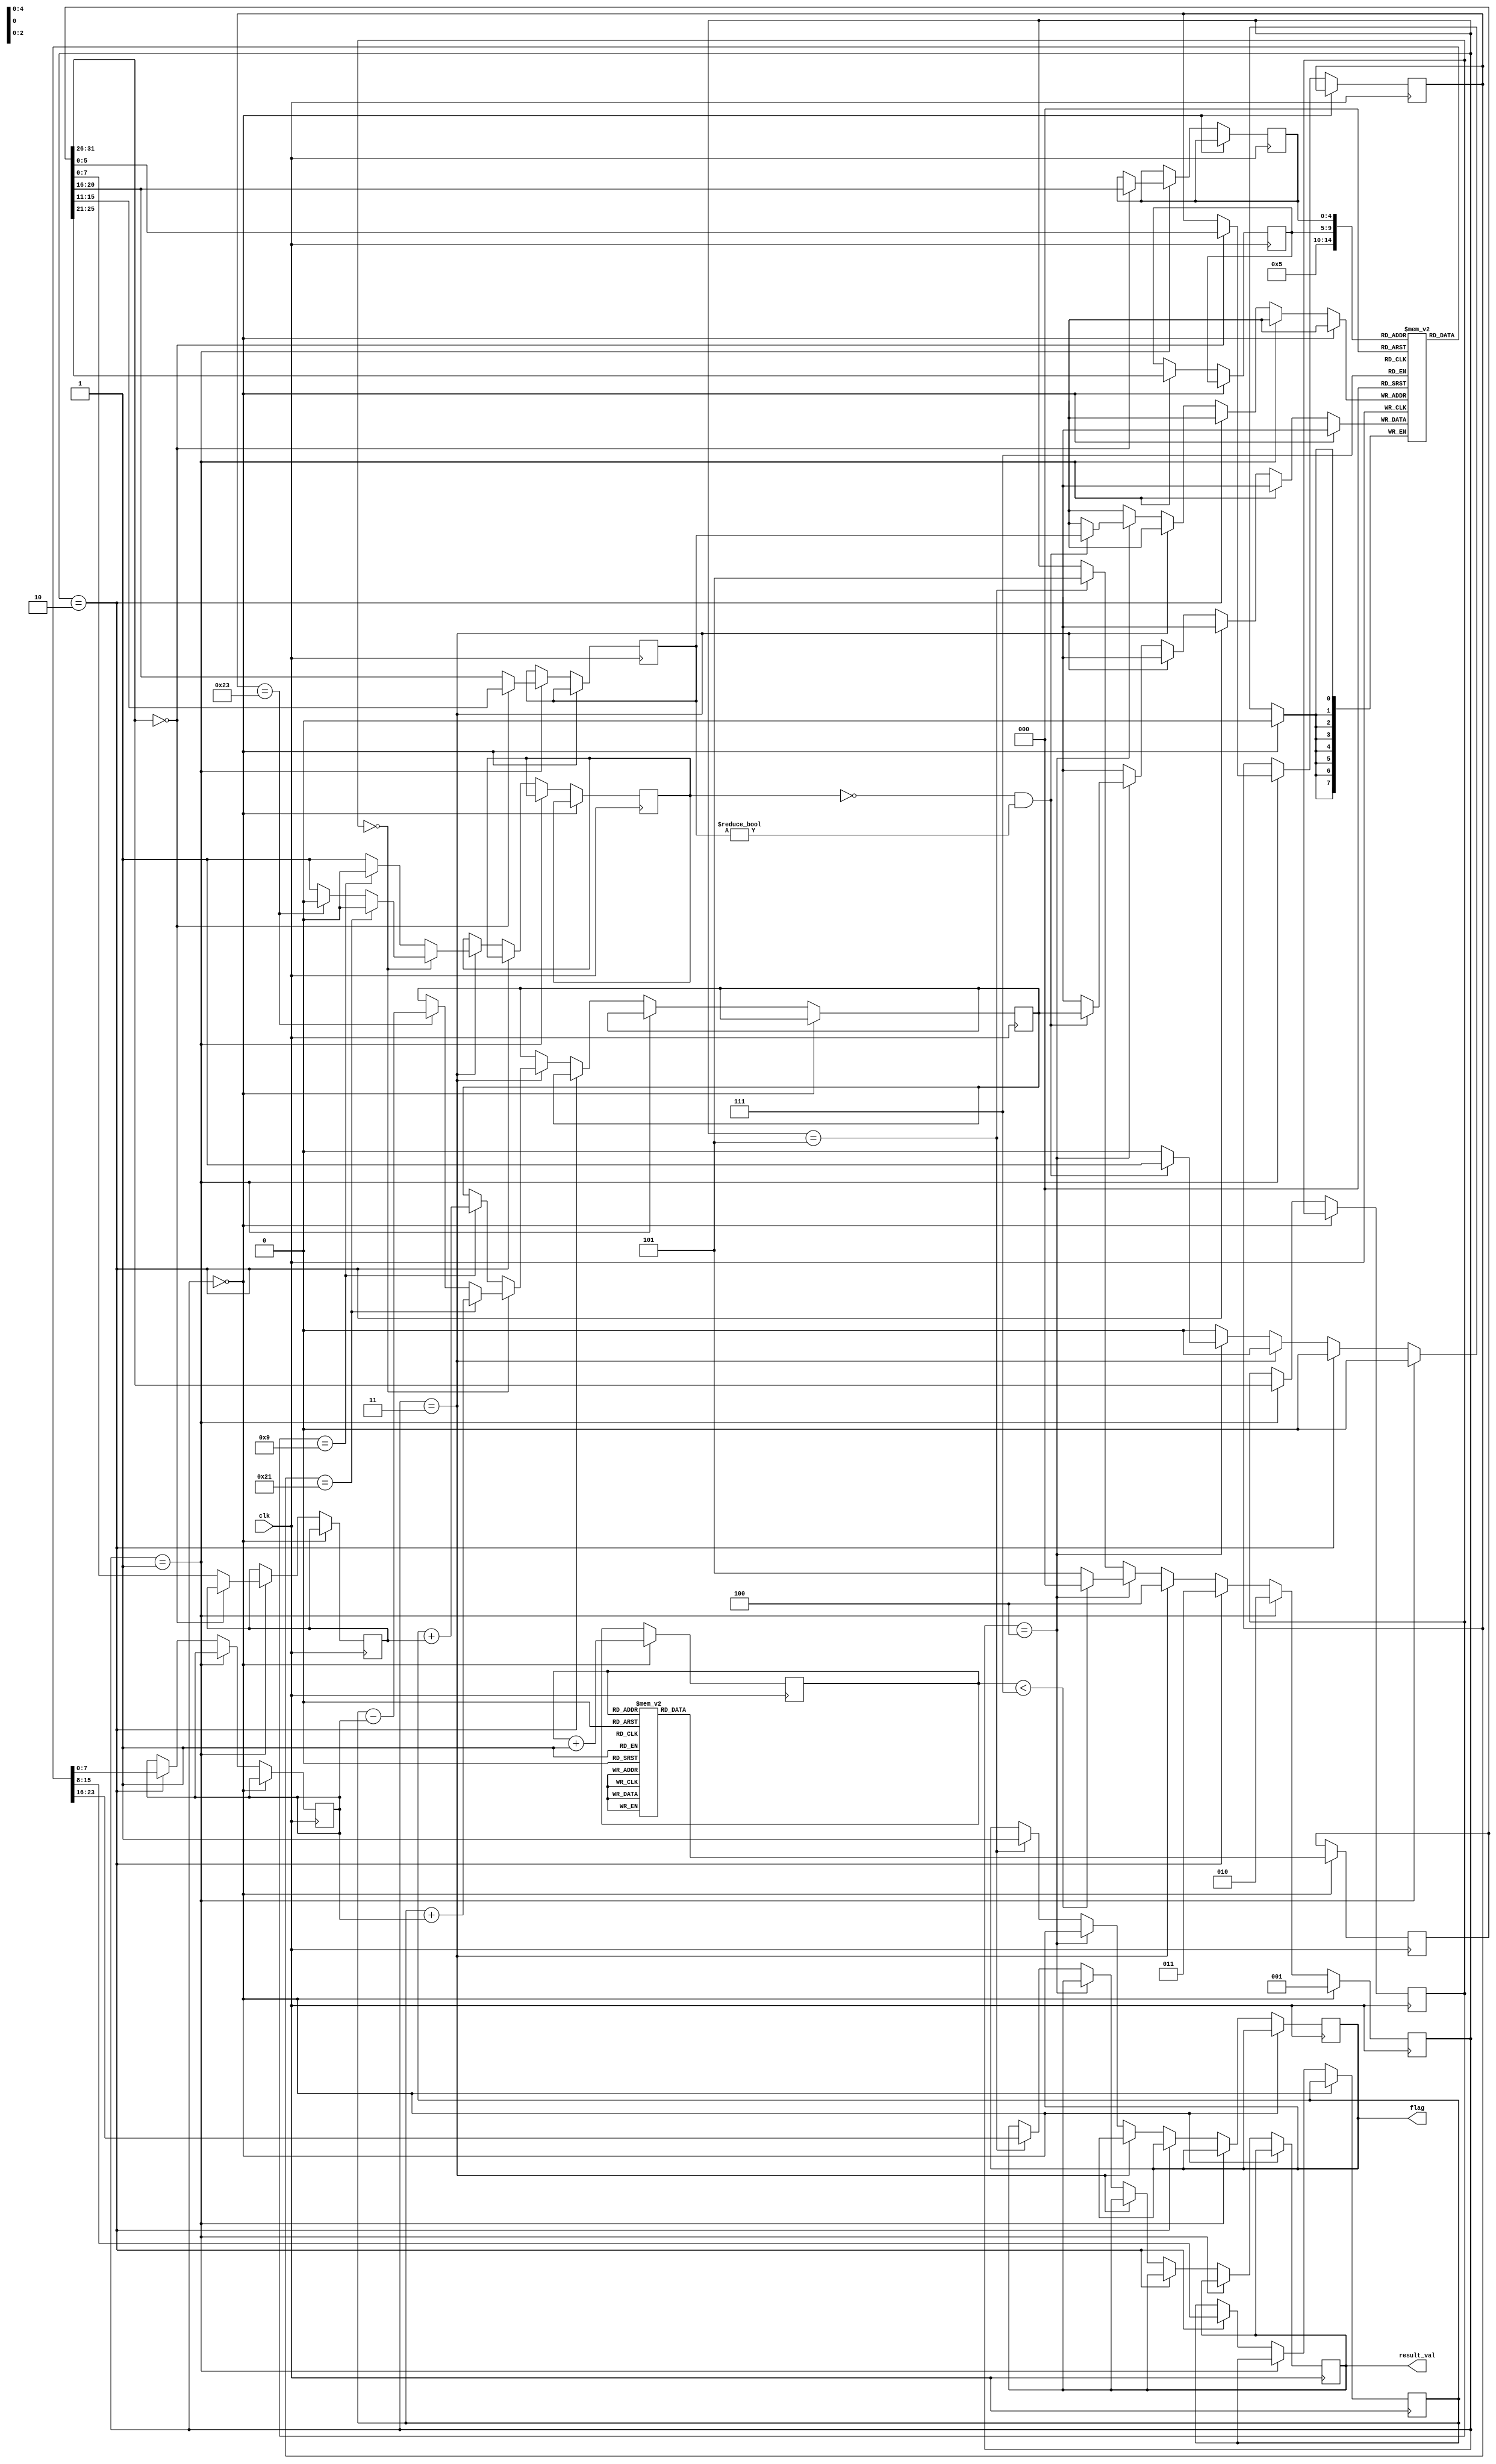
module res(clk,result_val,flag);

	input clk;
	output [7:0]result_val;
	output flag;
	reg [31:0]ins_memory[0:6];
	reg [2:0]present_state;
	reg [7:0]register[0:31];
	reg [4:0]srcreg_index1;
	reg [4:0]srcreg_index2;
	reg [4:0]destreg_index;
	reg [7:0]src_reg1;
	reg [7:0]src_reg2;
	reg [2:0]program_counter;
	reg [2:0]MAX_ProgramCounter;
	reg [31:0]ins_read;
	reg [7:0]immediate;
	reg [5:0]opcode;
	reg [5:0]ins_function;
	reg [7:0]result;
	reg [7:0]result_val;
	reg INVALID;
	reg flag=0;

	initial begin
		INVALID<=0;
		register[0]=0;
		register[1]=0;
		register[2]=0;
		register[3]=0;
		register[4]=0;
		register[5]=0;
		register[6]=0;
		register[7]=0;
		register[8]=0;
		register[9]=0;
		register[10]=0;
		register[11]=0;
		register[12]=0;
		register[13]=0;
		register[14]=0;
		register[15]=0;
		register[16]=0;
		register[17]=0;
		register[18]=0;
		register[19]=0;
		register[20]=0;
		register[21]=0;
		register[22]=0;
		register[23]=0;
		register[24]=0;
		register[25]=0;
		register[26]=0;
		register[27]=0;
		register[28]=0;
		register[29]=0;
		register[30]=0;
		register[31]=0;
		
		ins_memory[0]=32'b00100100000000010000000000101101;     
		ins_memory[1]=32'b00100100000000101111111111101100;
		ins_memory[2]=32'b00100100000000111111111111000100;
		ins_memory[3]=32'b00100100000001000000000000011110;
		ins_memory[4]=32'b00000000001000100010100000100001;     
		ins_memory[5]=32'b00000000011001000011000000100001;
		ins_memory[6]=32'b00000000101001100010100000100011;

		MAX_ProgramCounter=3'b111;
		present_state=3'b000;
		program_counter=3'b000;
	end
	always @(posedge clk) begin
		if(present_state==3'b000)begin
			ins_read <= ins_memory[program_counter];
			program_counter <= program_counter+1;
			present_state <= 3'b001;
		end
		else if(present_state==3'b001)begin
			if(ins_read[31:26]==6'b000000)begin
				opcode[5:0]=ins_read[31:26];
				srcreg_index1<=ins_read[25:21];
				srcreg_index2<=ins_read[20:16];
				destreg_index<=ins_read[15:11];
				ins_function<=ins_read[5:0];
			end
			else begin
				opcode[5:0]=ins_read[31:26];
				srcreg_index1<=ins_read[25:21];
				destreg_index<=ins_read[20:16];
				immediate<=ins_read[7:0];
			end
			present_state <= 3'b010;
		end
		else if(present_state==3'b010)begin
			src_reg1 <= register[srcreg_index1];
			src_reg2 <= register[srcreg_index2];
			present_state <= 3'b011;
		end
		else if(present_state==3'b011)begin
			if(opcode[5:0]==6'b000000)begin
				if(ins_function==6'b100001)begin
					INVALID<=0;
					result <= src_reg1 + src_reg2;
				end
				else if(ins_function==6'b100011)begin
					INVALID<=0;
					result <= src_reg1 - src_reg2;
				end
				else begin
					INVALID<=1;
				end
			end
			else if(opcode[5:0]==6'b001001) begin
				INVALID<=0;
				result <= src_reg1 + immediate;
			end
			else begin
				INVALID<=1;
			end
			present_state <= 3'b100;
		end
		else if(present_state == 3'b100)begin
			if(INVALID==1'b0 && destreg_index!=5'b00000) begin
				register[destreg_index] <= result;
			end
			if(program_counter < MAX_ProgramCounter) begin
				present_state <= 3'b000;
			end
			else begin
				present_state <= 3'b101;
			end
		end
		else if(present_state==3'b101)begin
			present_state<=3'b101;
			result_val <= register[5];
			flag<=1;
		end
	end
endmodule